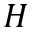
{ \cal H }